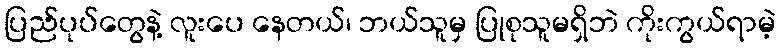
ပြည်ပုပ်တွေနဲ့ လူးပေ နေတယ်၊ ဘယ်သူမှ ပြုစုသူမရှိဘဲ ကိုးကွယ်ရာမဲ့